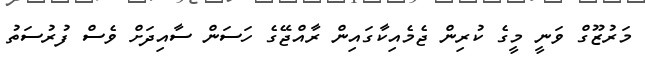
މަރުޒޫގް ވަނީ މީގެ ކުރިން ޖެމެއިކާގައިން ރާއްޖޭގެ ހަސަން ސާއިދަށް ވެސް ފުރުސަތު